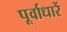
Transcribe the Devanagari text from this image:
पूर्वाधारें